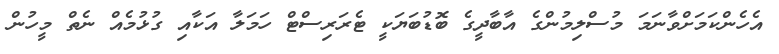
އެހެންކަމަށްވާނަމަ މުސްލިމުންގެ އާބާދީގެ ބޮޑުބަޔަކީ ޓެރަރިސްޓް ހަމަލާ އަކާއި ގުޅުމެއް ނެތް މީހުން